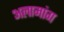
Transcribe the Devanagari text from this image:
अलामांग